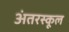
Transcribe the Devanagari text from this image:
अंतरस्कूल